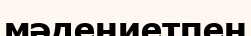
мәдениетпен